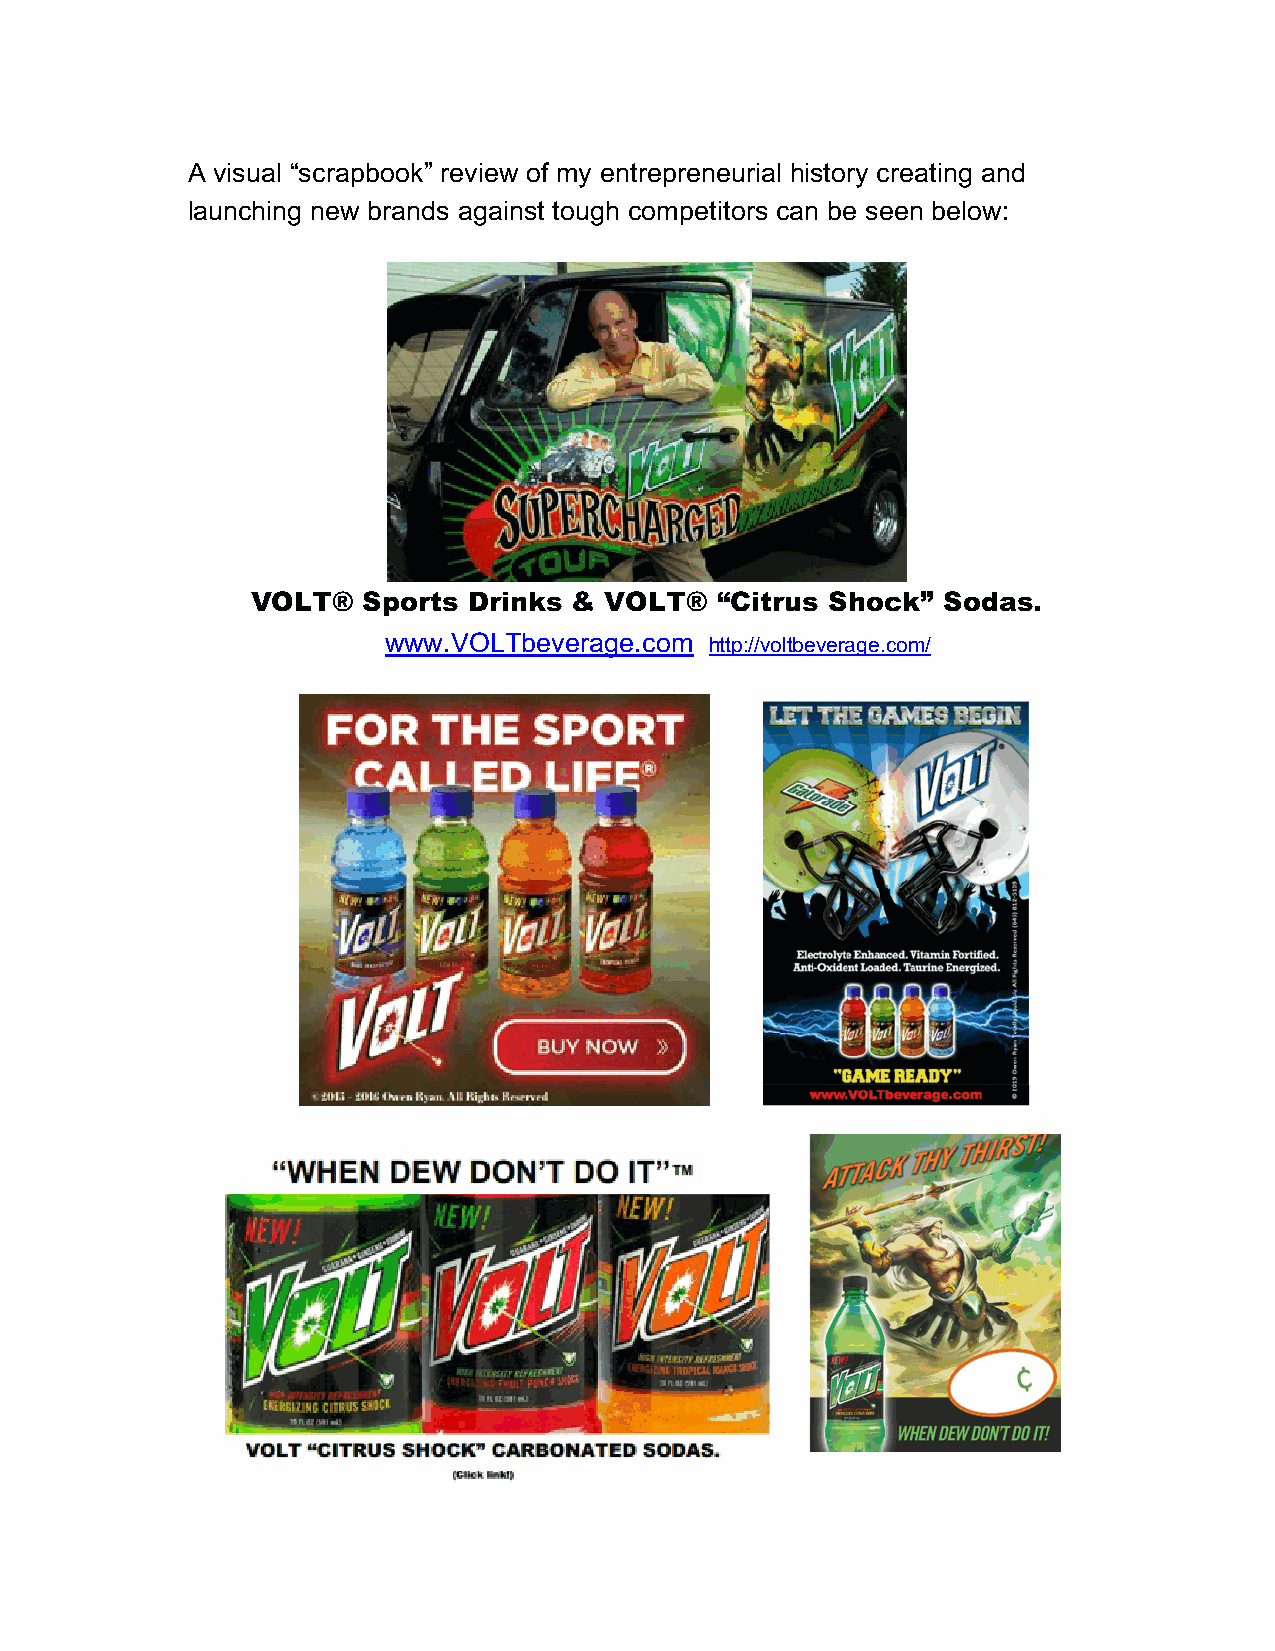
A visual “scrapbook” review of my entrepreneurial history creating and
 launching new brands against tough competitors can be seen below:
 VOLT®  Sports Drinks & VOLT®  “Citrus Shock” Sodas.
 www.VOLTbeverage.com http://voltbeverage.com/